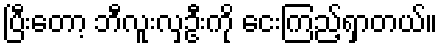
ပြီးတော့ ဘီလူးလှဦးကို ငေးကြည့်ရှာတယ်။